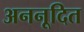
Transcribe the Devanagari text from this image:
अननूदित